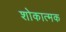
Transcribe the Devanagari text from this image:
शोकात्मक